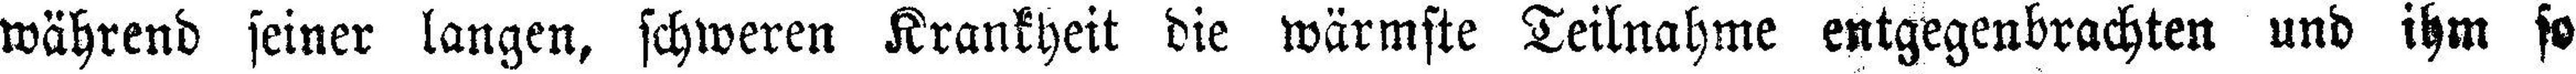
während seiner langen, schweren Krankheit die wärmste Teilnahme entgegenbrachten und ihm so